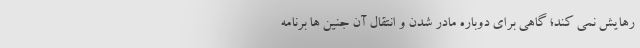
رهایش نمی کند؛ گاهی برای دوباره مادر شدن و انتقال آن جنین ها برنامه